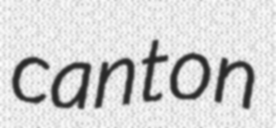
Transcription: canton